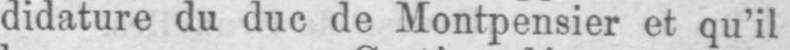
didature du duc de Montpensier et qu’il